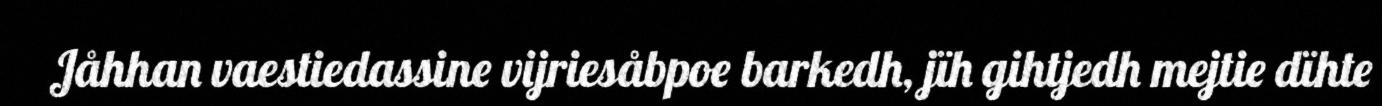
Jåhhan vaestiedassine vijriesåbpoe barkedh, jïh gihtjedh mejtie dïhte